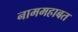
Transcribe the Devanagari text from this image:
नाममहाबत